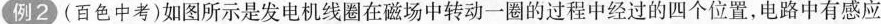
例2(百色中考)如图所示是发电机线圈在磁场中转动一圈的过程中经过的四个位置，电路中有感应